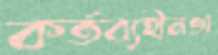
কর্তব্যহীনতা